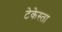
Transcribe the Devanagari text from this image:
टेकेस्ता